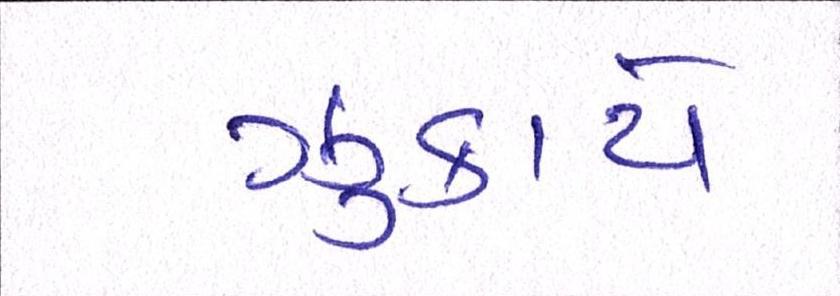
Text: ઝુકાયે